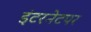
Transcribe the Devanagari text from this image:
इंटरनेटपर